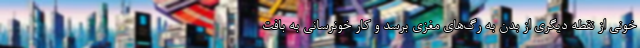
خونی از نقطه دیگری از بدن به رگ‌های مغزی برسد و کار خونرسانی به بافت